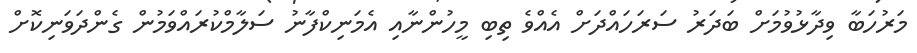
މަރުހަބާ ވިދާޅުވުމަށް ބަދަރު ސަރަހައްދަށް އެއްވެ ތިބި މީހުންނާއި އެމަނިކްފާނު ސަލާމްކުރައްވަމުން ގެންދަވަނިކޮށް